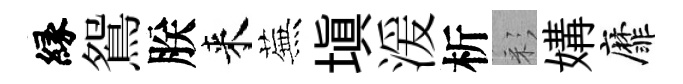
縁鴛朕来蕪填湲析彩媾靡